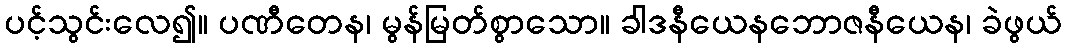
ပင့်သွင်းလေ၍။ ပဏီတေန၊ မွန်မြတ်စွာသော။ ခါဒနီယေနဘောဇနီယေန၊ ခဲဖွယ်